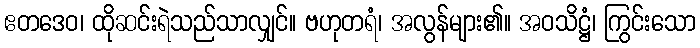
ဧတဒေဝ၊ ထိုဆင်းရဲသည်သာလျှင်။ ဗဟုတရံ၊ အလွန်များ၏။ အဝသိဋ္ဌံ၊ ကြွင်းသော